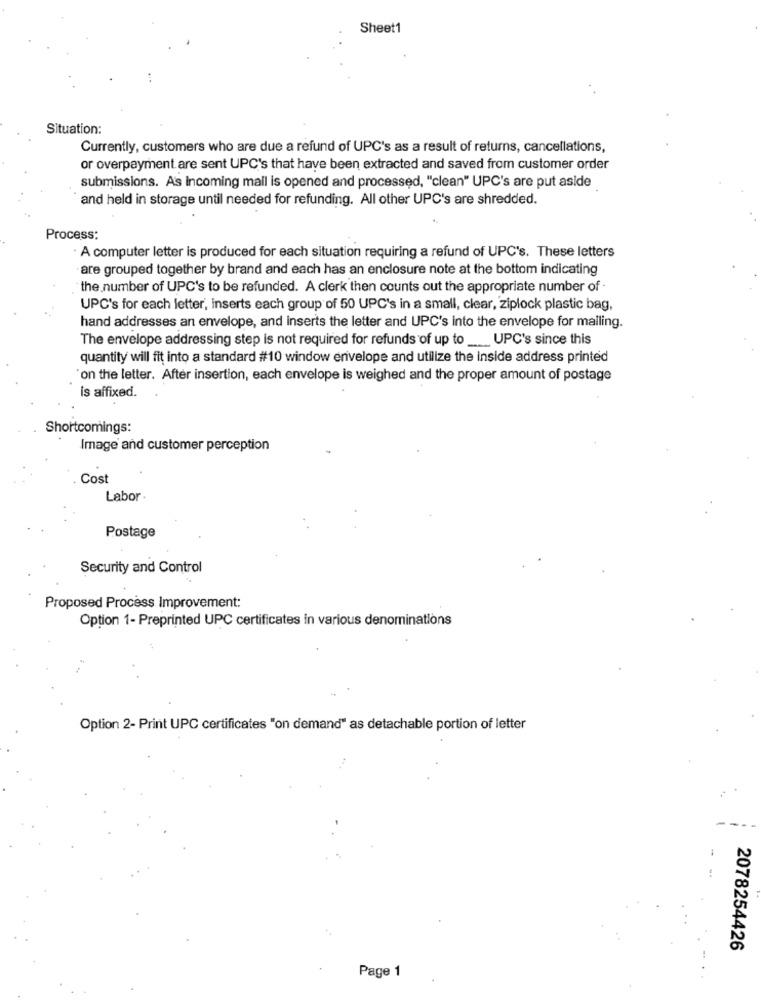
Sheet1
Situation:
Currently, customers who are due a refund of UPC's as a result of returns, cancellations,
or overpayment.are sent UPC's that have been extracted and saved from customer order
submissions. As incoming mail is opened and processed, "clean" UPC's are put aside
and held in storage until needed for refunding. All other UPC's are shredded.
Process:
A computer letter is produced for each situation requiring a refund of UPC's. These letters
are grouped together by brand and each has an enclosure note at the bottom indicating
the number of UPC's to be refunded. A clerk then counts out the appropriate number of -
UPC's for each letter, inserts each group of 50 UPC's in a small, clear, ziplock plastic bag,
hand addresses an envelope, and inserts the letter and UPC's into the envelope for mailing.
The envelope addressing step is not required for refunds of up to __ UPC's since this
quantity will fit into a standard #10 window envelope and utilize the inside address printed
'on the letter. After insertion, each envelope is weighed and the proper amount of postage
Is affixed.
Shortcomings:
Image and customer perception
Cost
Labor .
Postage
Security and Control
Proposed Process Improvement:
Option 1- Preprinted UPC certificates in various denominations
Option 2- Print UPC certificates "on demand" as detachable portion of letter
2078254426
Page 1